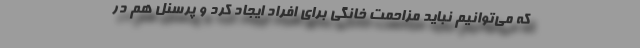
که می‌توانیم نباید مزاحمت خانگی برای افراد ایجاد کرد و پرسنل هم در